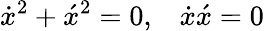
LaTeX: \dot{x}^{2}+\acute{x}^{2}=0,\; \; \; \dot{x}\acute{x}=0